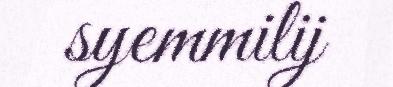
syemmilij